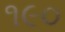
૧૯૦